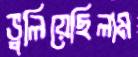
ভুলিয়েছিলাম